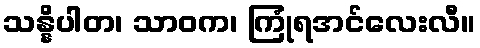
သန္နိပါတ၊ သာဝက၊ ကြုံရအင်လေးလီ။